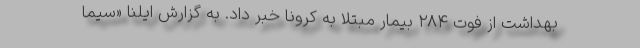
بهداشت از فوت ۲۸۴ بیمار مبتلا به کرونا خبر داد. به گزارش ایلنا «سیما